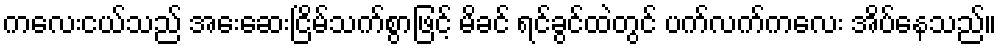
ကလေးငယ်သည် အေးဆေးငြိမ်သက်စွာဖြင့် မိခင် ရင်ခွင်ထဲတွင် ပက်လက်ကလေး အိပ်နေသည်။